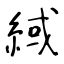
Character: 緎